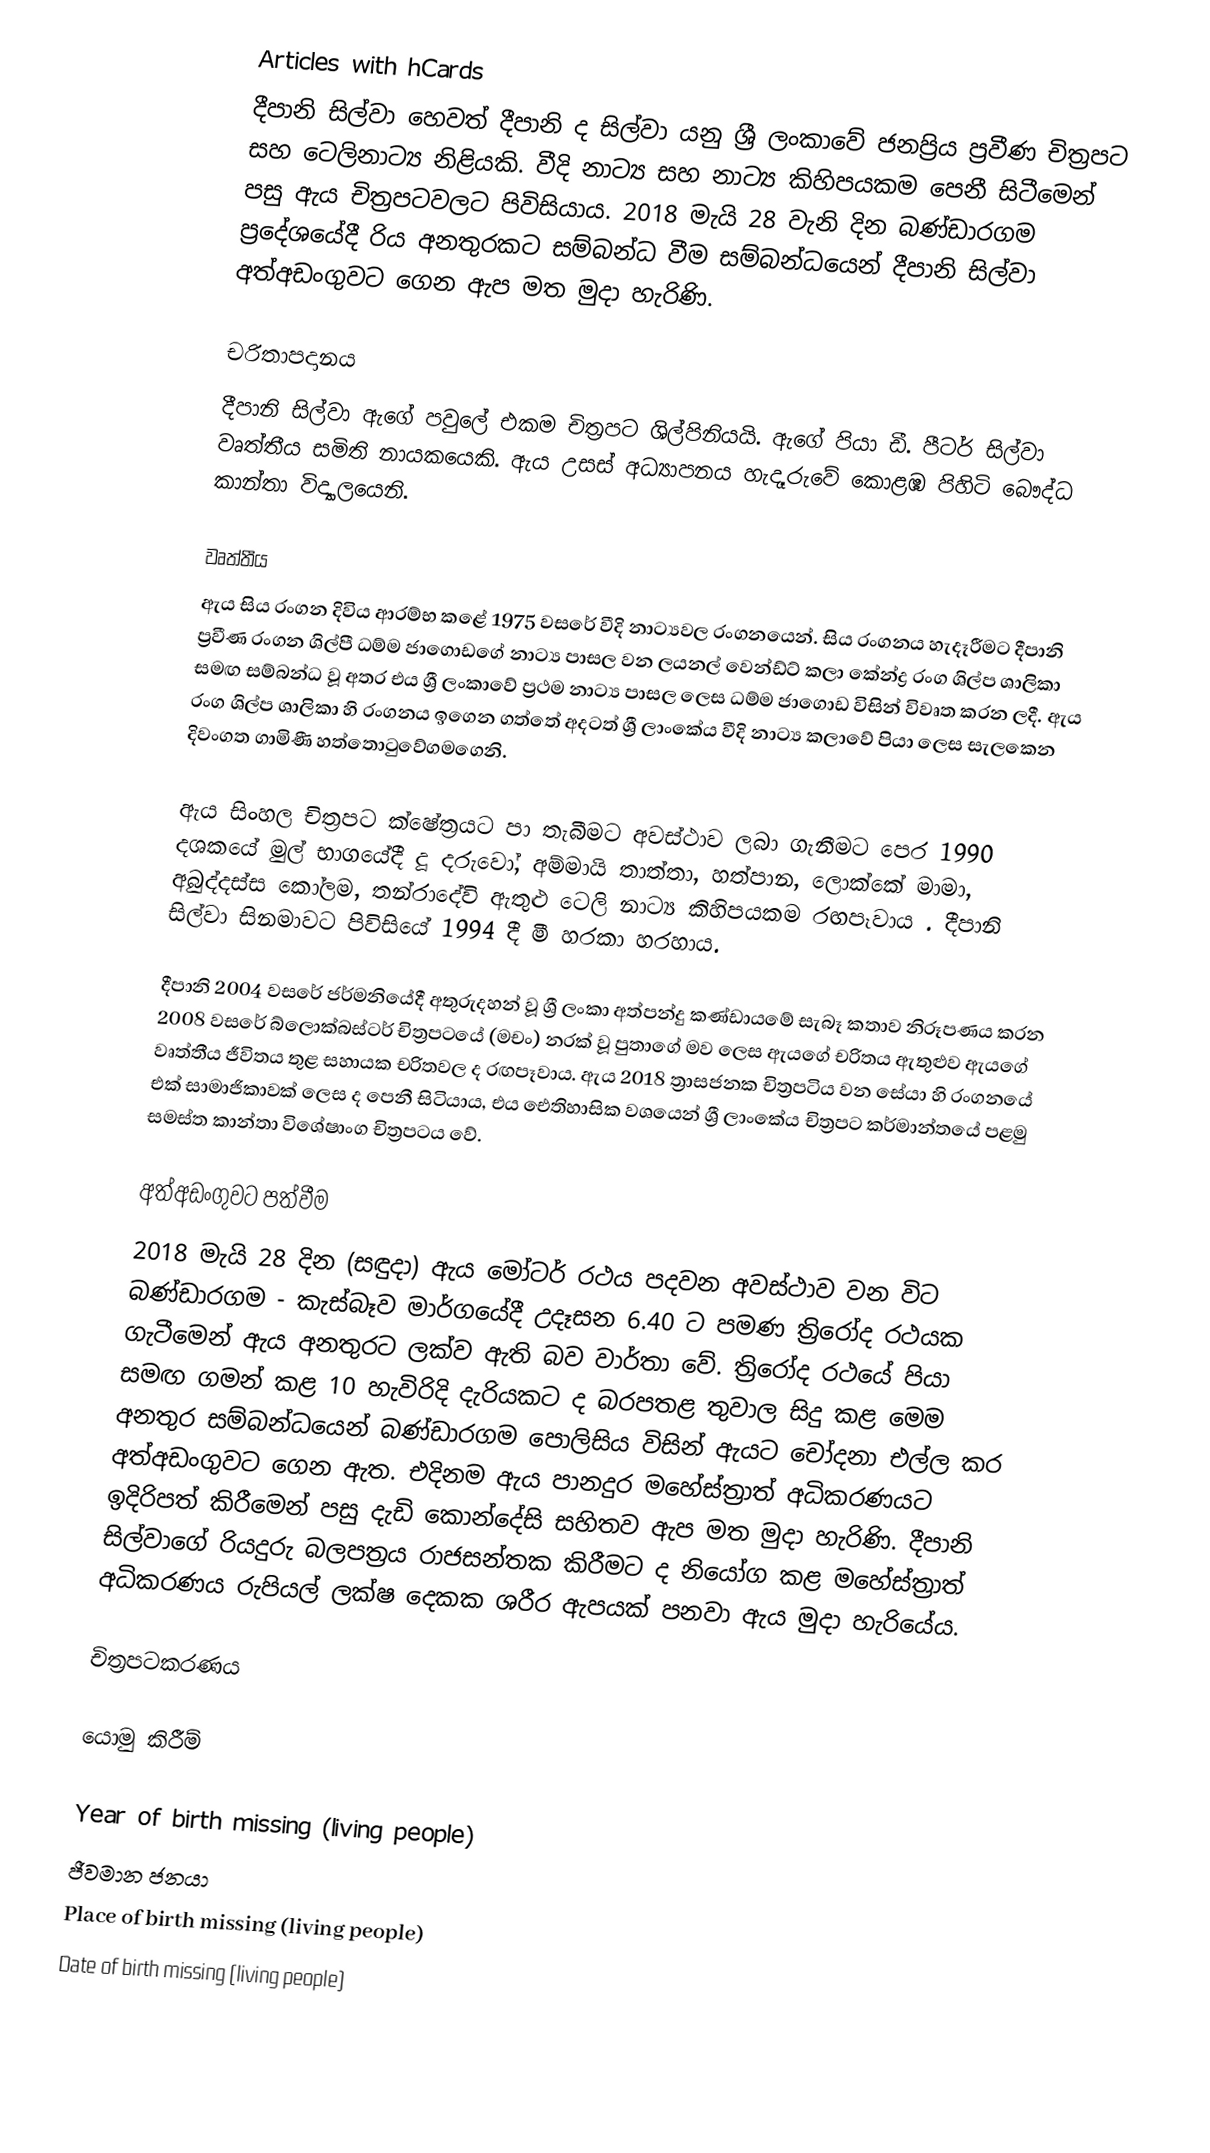
Articles with hCards
දීපානි සිල්වා හෙවත් දීපානි ද සිල්වා යනු ශ්‍රී ලංකාවේ ජනප්‍රිය ප්‍රවීණ චිත්‍රපට සහ ටෙලිනාට්‍ය නිළියකි. වීදි නාට්‍ය සහ නාට්‍ය කිහිපයකම පෙනී සිටීමෙන් පසු ඇය චිත්‍රපටවලට පිවිසියාය. 2018 මැයි 28 වැනි දින බණ්ඩාරගම ප්‍රදේශයේදී රිය අනතුරකට සම්බන්ධ වීම සම්බන්ධයෙන් දීපානි සිල්වා අත්අඩංගුවට ගෙන ඇප මත මුදා හැරිණි.

චරිතාපදානය
දීපානි සිල්වා ඇගේ පවුලේ එකම චිත්‍රපට ශිල්පිනියයි. ඇගේ පියා ඩී. පීටර් සිල්වා වෘත්තීය සමිති නායකයෙකි. ඇය උසස් අධ්‍යාපනය හැදෑරුවේ කොළඹ පිහිටි බෞද්ධ කාන්තා විද්‍යාලයෙනි.

වෘත්තීය
ඇය සිය රංගන දිවිය ආරම්භ කළේ 1975 වසරේ වීදි නාට්‍යවල රංගනයෙන්. සිය රංගනය හැදෑරීමට දීපානි ප්‍රවීණ රංගන ශිල්පී ධම්ම ජාගොඩගේ නාට්‍ය පාසල වන ලයනල් වෙන්ඩ්ට් කලා කේන්ද්‍ර රංග ශිල්ප ශාලිකා සමඟ සම්බන්ධ වූ අතර එය ශ්‍රී ලංකාවේ ප්‍රථම නාට්‍ය පාසල ලෙස ධම්ම ජාගොඩ විසින් විවෘත කරන ලදී. ඇය රංග ශිල්ප ශාලිකා හි රංගනය ඉගෙන ගත්තේ අදටත් ශ්‍රී ලාංකේය වීදි නාට්‍ය කලාවේ පියා ලෙස සැලකෙන දිවංගත ගාමිණී හත්තොටුවේගමගෙනි.

ඇය සිංහල චිත්‍රපට ක්ෂේත්‍රයට පා තැබීමට අවස්ථාව ලබා ගැනීමට පෙර 1990 දශකයේ මුල් භාගයේදී දූ දරුවෝ, අම්මායි තාත්තා, හත්පාන, ලොක්කේ මාමා, අබුද්දස්ස කෝලම, තන්රාදේවි ඇතුළු ටෙලි නාට්‍ය කිහිපයකම රඟපෑවාය . දීපානි සිල්වා සිනමාවට පිවිසියේ 1994 දී මී හරකා හරහාය.

දීපානි 2004 වසරේ ජර්මනියේදී අතුරුදහන් වූ ශ්‍රී ලංකා අත්පන්දු කණ්ඩායමේ සැබෑ කතාව නිරූපණය කරන 2008 වසරේ බ්ලොක්බස්ටර් චිත්‍රපටයේ (මචං) නරක් වූ පුතාගේ මව ලෙස ඇයගේ චරිතය ඇතුළුව ඇයගේ වෘත්තීය ජීවිතය තුළ සහායක චරිතවල ද රඟපෑවාය. ඇය 2018 ත්‍රාසජනක චිත්‍රපටිය වන සේයා හි රංගනයේ එක් සාමාජිකාවක් ලෙස ද පෙනී සිටියාය, එය ඓතිහාසික වශයෙන් ශ්‍රී ලාංකේය චිත්‍රපට කර්මාන්තයේ පළමු සමස්ත කාන්තා විශේෂාංග චිත්‍රපටය වේ.

අත්අඩංගුවට පත්වීම
2018 මැයි 28 දින (සඳුදා) ඇය මෝටර් රථය පදවන අවස්ථාව වන විට බණ්ඩාරගම - කැස්බෑව මාර්ගයේදී උදෑසන 6.40 ට පමණ ත්‍රිරෝද රථයක ගැටීමෙන් ඇය අනතුරට ලක්ව ඇති බව වාර්තා වේ. ත්‍රිරෝද රථයේ පියා සමඟ ගමන් කළ 10 හැවිරිදි දැරියකට ද බරපතළ තුවාල සිදු කළ මෙම අනතුර සම්බන්ධයෙන් බණ්ඩාරගම පොලිසිය විසින් ඇයට චෝදනා එල්ල කර අත්අඩංගුවට ගෙන ඇත. එදිනම ඇය පානදුර මහේස්ත්‍රාත් අධිකරණයට ඉදිරිපත් කිරීමෙන් පසු දැඩි කොන්දේසි සහිතව ඇප මත මුදා හැරිණි. දීපානි සිල්වාගේ රියදුරු බලපත්‍රය රාජසන්තක කිරීමට ද නියෝග කළ මහේස්ත්‍රාත් අධිකරණය රුපියල් ලක්ෂ දෙකක ශරීර ඇපයක් පනවා ඇය මුදා හැරියේය.

චිත්‍රපටකරණය

යොමු කිරීම්

Year of birth missing (living people)
ජීවමාන ජනයා
Place of birth missing (living people)
Date of birth missing (living people)